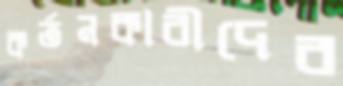
কর্তনকারীদের